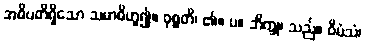
အဓိပတိရှိသော သမာဓိဟူ၍။ ဝုစ္စတိ၊ ၏။ ပ။ ဘိက္ခု၊ သည်။ ဝီမံသံ၊